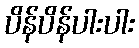
ပိန်ပိန်ပါးပါး